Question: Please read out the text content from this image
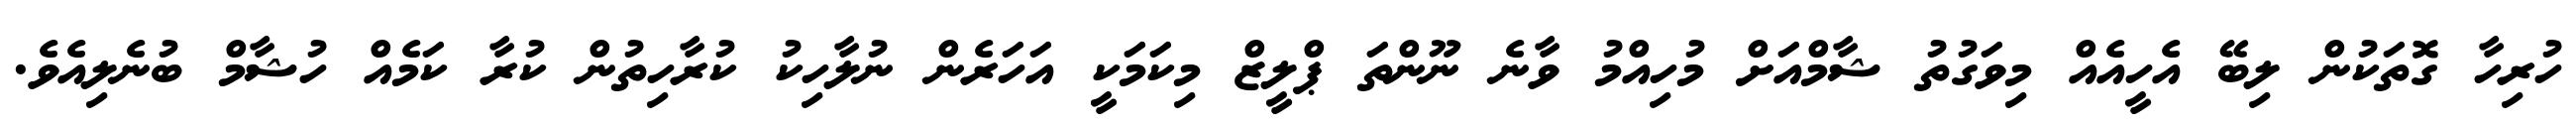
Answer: ހުރިހާ ގޮތަކުން ލިބޭ އެހީއެއް މިވަގުތު ޝާމްއަށް މުހިއްމު ވާނެ ނޫންތަ ޕްލީޒް މިކަމަކީ އަހަރެން ނުލާހިކު ކުރާހިތުން ކުރާ ކަމެއް ހުޝާމް ބުނެލިއެވެ.